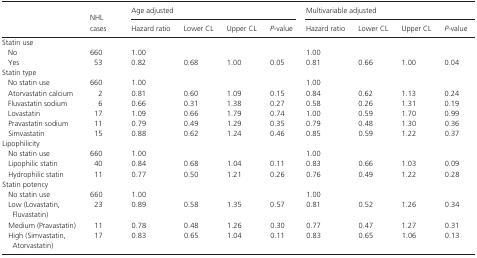
<table><thead><tr><td></td><td></td><td colspan="4"><b>Age adjusted</b></td><td colspan="4"><b>Multivariable adjusted</b></td></tr><tr><td></td><td><b>NHL cases</b></td><td><b>Hazard ratio</b></td><td><b>Lower CL</b></td><td><b>Upper CL</b></td><td><b><i>P</i>‐value</b></td><td><b>Hazard ratio</b></td><td><b>Lower CL</b></td><td><b>Upper CL</b></td><td><b><i>P</i>‐value</b></td></tr></thead><tbody><tr><td colspan="10">Statin use</td></tr><tr><td>No</td><td>660</td><td>1.00</td><td></td><td></td><td></td><td>1.00</td><td></td><td></td><td></td></tr><tr><td>Yes</td><td>53</td><td>0.82</td><td>0.68</td><td>1.00</td><td>0.05</td><td>0.81</td><td>0.66</td><td>1.00</td><td>0.04</td></tr><tr><td colspan="10">Statin type</td></tr><tr><td>No statin use</td><td>660</td><td>1.00</td><td></td><td></td><td></td><td>1.00</td><td></td><td></td><td></td></tr><tr><td>Atorvastatin calcium</td><td>2</td><td>0.81</td><td>0.60</td><td>1.09</td><td>0.15</td><td>0.84</td><td>0.62</td><td>1.13</td><td>0.24</td></tr><tr><td>Fluvastatin sodium</td><td>6</td><td>0.66</td><td>0.31</td><td>1.38</td><td>0.27</td><td>0.58</td><td>0.26</td><td>1.31</td><td>0.19</td></tr><tr><td>Lovastatin</td><td>17</td><td>1.09</td><td>0.66</td><td>1.79</td><td>0.74</td><td>1.00</td><td>0.59</td><td>1.70</td><td>0.99</td></tr><tr><td>Pravastatin sodium</td><td>11</td><td>0.79</td><td>0.49</td><td>1.29</td><td>0.35</td><td>0.79</td><td>0.48</td><td>1.30</td><td>0.36</td></tr><tr><td>Simvastatin</td><td>15</td><td>0.88</td><td>0.62</td><td>1.24</td><td>0.46</td><td>0.85</td><td>0.59</td><td>1.22</td><td>0.37</td></tr><tr><td colspan="10">Lipophilicity</td></tr><tr><td>No statin use</td><td>660</td><td>1.00</td><td></td><td></td><td></td><td>1.00</td><td></td><td></td><td></td></tr><tr><td>Lipophilic statin</td><td>40</td><td>0.84</td><td>0.68</td><td>1.04</td><td>0.11</td><td>0.83</td><td>0.66</td><td>1.03</td><td>0.09</td></tr><tr><td>Hydrophilic statin</td><td>11</td><td>0.77</td><td>0.50</td><td>1.21</td><td>0.26</td><td>0.76</td><td>0.49</td><td>1.22</td><td>0.28</td></tr><tr><td colspan="10">Statin potency</td></tr><tr><td>No statin use</td><td>660</td><td>1.00</td><td></td><td></td><td></td><td>1.00</td><td></td><td></td><td></td></tr><tr><td>Low (Lovastatin, Fluvastatin)</td><td>23</td><td>0.89</td><td>0.58</td><td>1.35</td><td>0.57</td><td>0.81</td><td>0.52</td><td>1.26</td><td>0.34</td></tr><tr><td>Medium (Pravastatin)</td><td>11</td><td>0.78</td><td>0.48</td><td>1.26</td><td>0.30</td><td>0.77</td><td>0.47</td><td>1.27</td><td>0.31</td></tr><tr><td>High (Simvastatin, Atorvastatin)</td><td>17</td><td>0.83</td><td>0.65</td><td>1.04</td><td>0.11</td><td>0.83</td><td>0.65</td><td>1.06</td><td>0.13</td></tr></tbody></table>